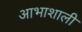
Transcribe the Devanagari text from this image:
आभाशाली